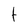
Character: t